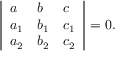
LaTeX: \left| { \begin{array} { l l l } { a } & { b } & { c } \\ { a _ { 1 } } & { b _ { 1 } } & { c _ { 1 } } \\ { a _ { 2 } } & { b _ { 2 } } & { c _ { 2 } } \end{array} } \right| = 0 .